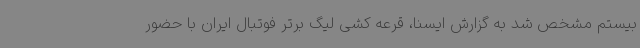
بیستم مشخص شد به گزارش ایسنا، قرعه کشی لیگ برتر فوتبال ایران با حضور